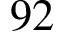
9 2